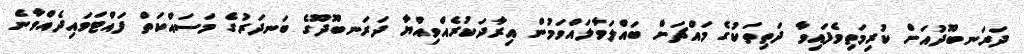
ދަރަނބޫދުއަށް ކުރިމަތިވެފައިވާ ދަތިތަކުގެ މައްޗަށް ބައްލަވާލައްވަމުން އިރާދަކުރެއްވިއްޔާ ދަރަނބޫދޫގެ ބަނދަރުގެ މަސައްކަތް ފައްޓަވައިދެއްވާނެ